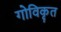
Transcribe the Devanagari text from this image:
गोविकृत